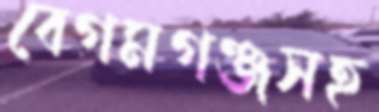
বেগমগঞ্জসহ